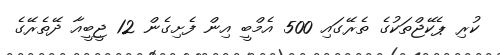
ކުރި ޕެކޭޖްތަކުގެ ތެރޭގައި 500 އެމްބީ އިން ފެށިގެން 12 ޖީބީއާ ދޭތެރޭގެ